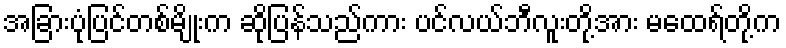
အခြားပုံပြင်တစ်မျိုးက ဆိုပြန်သည်ကား ပင်လယ်ဘီလူးတို့အား မထေရ်တို့က